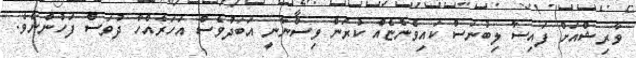
ވާރިޝްއަށް ފައިސާ ލިބުނަސް ކައިވެންޏެއް ކުރަން ވިސްނާނީ އަބަދުވެސް އަހަރެއްހާ ދުވަސް ފަހުންނެވެ.